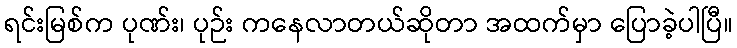
ရင်းမြစ်က ပုဏ်း၊ ပုဉ်း ကနေလာတယ်ဆိုတာ အထက်မှာ ပြောခဲ့ပါပြီ။